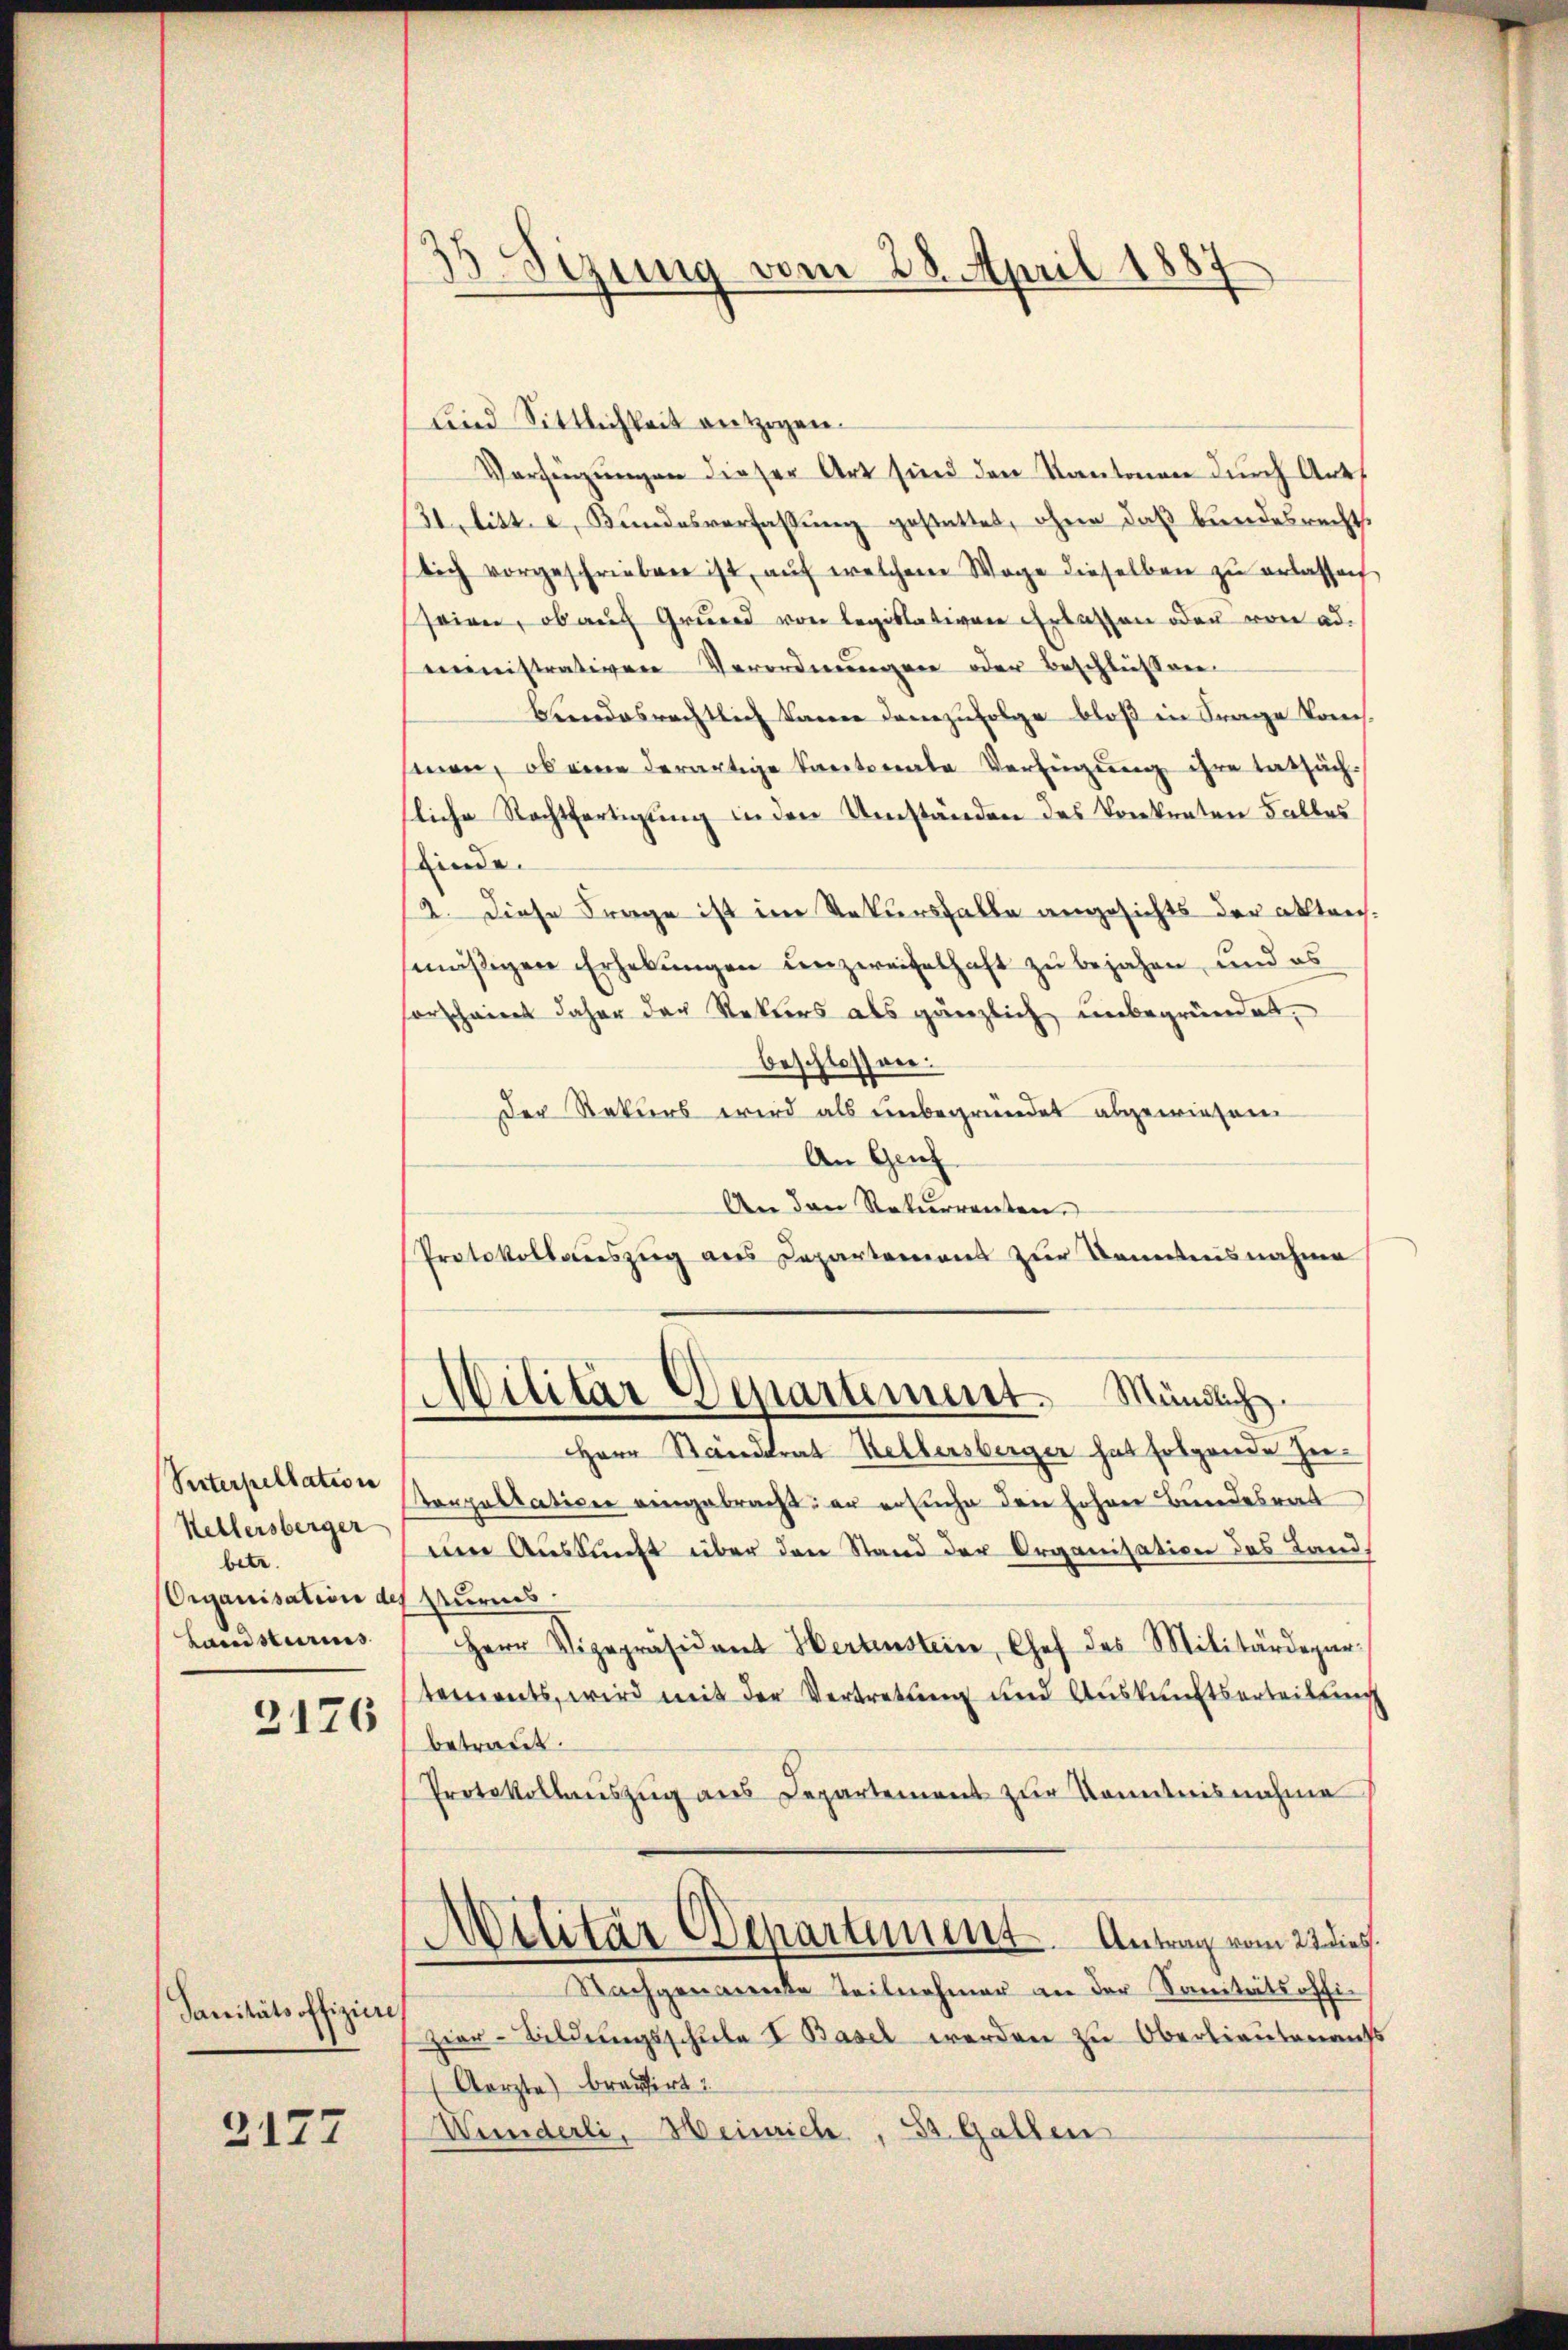
Vnterpellation
Hellersberger
betr.
Organisation de
Landsturmes

2176

Sanitätsoffiziere

3177

33. Sizung vom 28. April 1887

lind Sittlichkeit entzogen.
Verfügungen dieser Art sind den Kantonen durch Art.
31 litt. e. Bundesverfassung gestattet, ohne das bundesrechts
sich vorgeschrieben ist, aŭf welchem Wage dieselben zu erlassen
seien, ob auch Grund von legislativen Erlassen oder von admministrativen Verordnungen oder Beschliessen
bundesrechtlich kann demzufolge bloß in Frage konssenen, ob eine derartige Kantonale Verfügung ihre tatsäch-
sliche Rechtfertigung in den Umständen des Vonkreten Falles
finde.
2. Diese Frage ist im Rekursfalle angesichts der Akten.
mäßigen Erhebungen unzweifelhaft zu bejahen, und es
forscheint daher der Rekurs als gänzlich unbegründet.
beschlossen:
Der Rekurs wird als unbegründet abgewiesen
An Genf
An den Rekurrenten.
Protokollauszug aus Departement zur Kenntnisnahme
Militär Departiment. Mündlich.
HHerr Standtrat Helbersberger hat folgende Zutoppellation eingebracht: er ersuche den hohen Bundesrat
em Auskunft über den Stand der Organisation des Landurmes
Herr Vizepräsident Hertenstein, Chef des Militärdepar-
tements, wird mit der Vertretung und Auskunftserteilung
betradet.
Protokollauszug aus Departement zur Kenntnisnahme
Militär Departement. Antrag vom 22 die
Nachgenannte Teilnehmer an der Sanitätsoffi-
zier-Bildungsschŭle I. Basel werden zu Oberlieutenaufs
(Aerzte) bravirt
Wunderli, Heinrich, St. Gallen